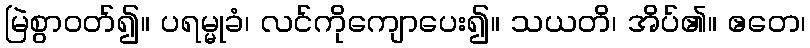
မြဲစွာဝတ်၍။ ပရမ္မုခံ၊ လင်ကိုကျောပေး၍။ သယတိ၊ အိပ်၏။ ဧတေ၊